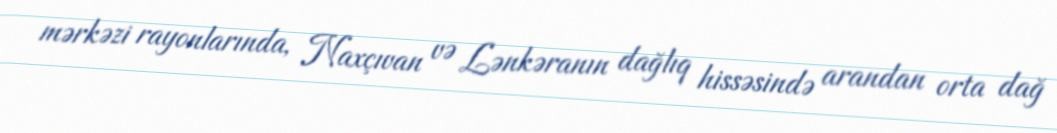
mərkəzi rayonlarında, Naxçıvan və Lənkəranın dağlıq hissəsində arandan orta dağ